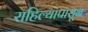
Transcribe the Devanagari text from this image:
राहिल्यापासून